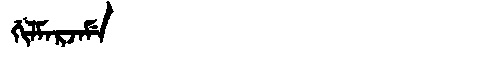
Manchu: ᡤᡳᠯᠮᠠᡵᠵᠠᠮᡝ
Romanization: GILMARJAME